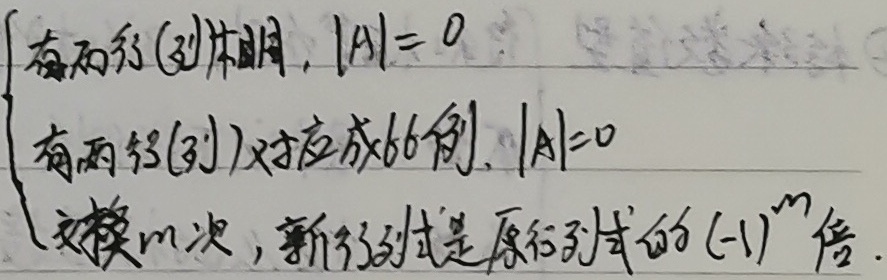
以下情况：
\[\begin{cases}
\text{若有两行(列)相同，则 }|A| = 0\\
\text{若有两行(列)对应成比例，则 }|A| = 0\\
\text{若交换 }m\text{ 次，新行列式是原行列式的 }(-1)^{m}\text{ 倍}
\end{cases}\]